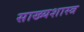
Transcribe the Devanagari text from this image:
साख्यशास्त्र